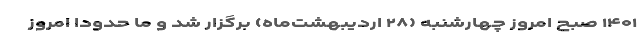
۱۴۰۱ صبح امروز چهارشنبه (۲۸ اردیبهشت‌ماه) برگزار شد و ما حدودا امروز